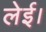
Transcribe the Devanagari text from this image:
लेई।